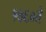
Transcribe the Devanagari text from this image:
१७६०ते